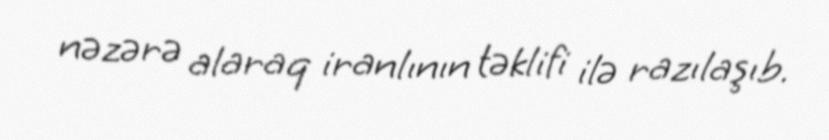
nəzərə alaraq iranlının təklifi ilə razılaşıb.